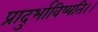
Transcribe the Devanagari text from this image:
प्रादुर्भाविष्यति।।